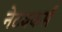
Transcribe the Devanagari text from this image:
नेटवकर्स